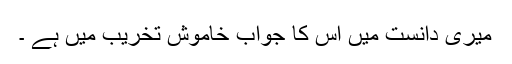
میری دانست میں اس کا جواب خاموش تخریب میں ہے ۔